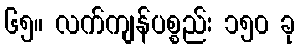
၆၅။ လက်ကျန်ပစ္စည်း ၁၅၀ ခု